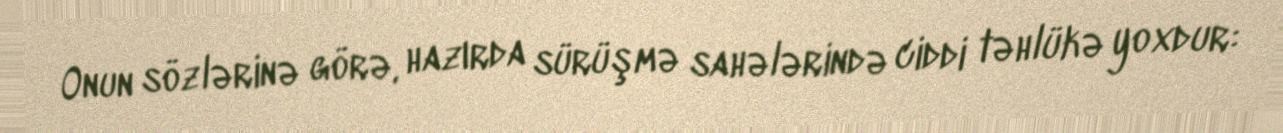
Onun sözlərinə görə, hazırda sürüşmə sahələrində ciddi təhlükə yoxdur: